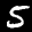
Label: 5